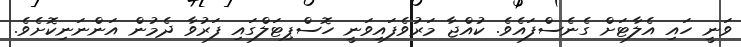
ވަނީ ހައި އެލާޓަަށް ގެނެސްފައެވެ. ކުއްޖާ މަރުވެފައިވަނީ ހޮސްޕިޓަލްގައި ފަރުވާ ދެމުން އަންނަނިކޮށެވެ.